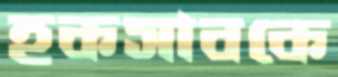
হকসাবকে